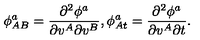
\phi _ { A B } ^ { a } = \frac { \partial ^ { 2 } \phi ^ { a } } { \partial v ^ { A } \partial v ^ { B } } , \phi _ { A t } ^ { a } = \frac { \partial ^ { 2 } \phi ^ { a } } { \partial v ^ { A } \partial t } .